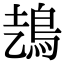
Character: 𩿆